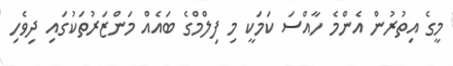
މީގެ އިތުރުން އެންމެ ހާއްސަ ކަމަކީ މި ފިލްމްގެ ބައެއް މަންޒަރުތަކުގައި ދިވެހި